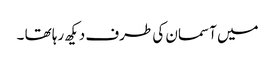
میں آسمان کی طرف دیکھ رہا تھا ۔